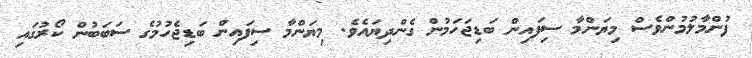
ފުންމާލުމުންވެސް މިޔަންމާ ސިފައިން ބަޑިޖަހަމުން ގެންދިޔައެވެ. މިޔަންމާ ސިފައިން ބަޑިޖެހުމުގެ ސަބަބުން ކޯރުގައި